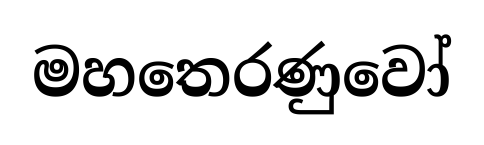
මහතෙරණුවෝ